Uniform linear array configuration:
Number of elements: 12
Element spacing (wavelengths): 0.5
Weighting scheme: binomial
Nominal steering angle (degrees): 30
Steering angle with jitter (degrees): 29.198
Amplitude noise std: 0.05
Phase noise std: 0.05

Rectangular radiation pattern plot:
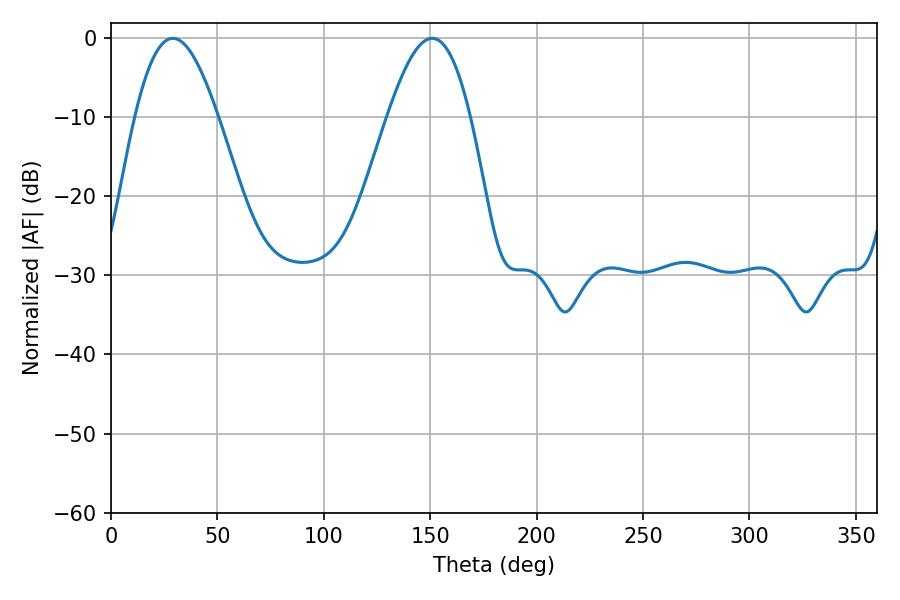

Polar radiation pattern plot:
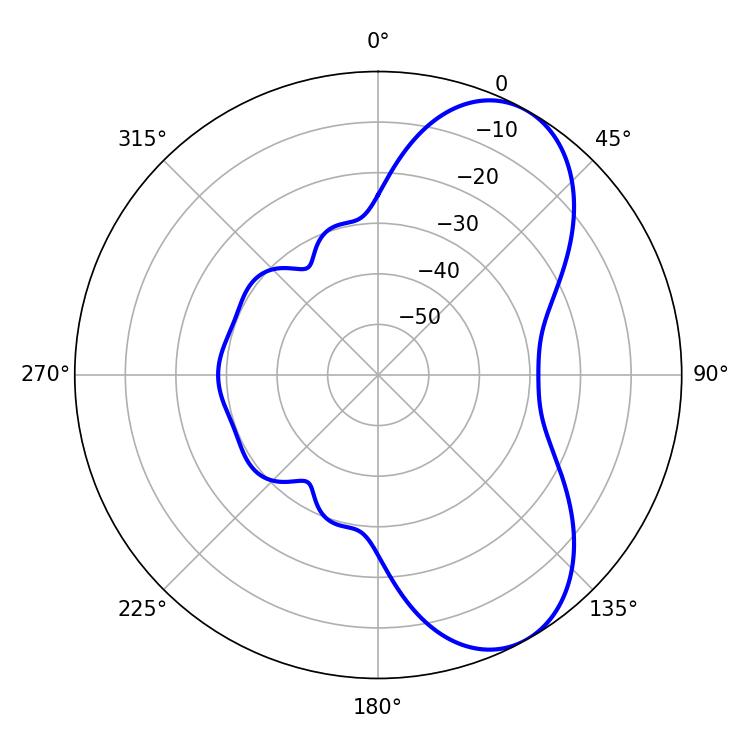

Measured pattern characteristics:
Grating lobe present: FALSE
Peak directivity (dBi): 7.023
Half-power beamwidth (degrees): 21.06
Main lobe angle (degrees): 29.16